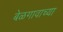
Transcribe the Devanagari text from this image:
बेळगावाच्या